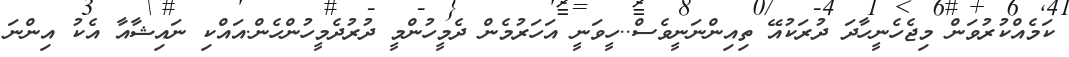
ކަމެއްކުރުވަން މިޖެހެނީހާދަ ދުރަކުއޭ ތިއިންނަނީވެސް..ހީވަނީ އަހަރުމެން ދެމީހުންމީ ދުރުދެމީހުންހެން.އައްކި ނައިޝާއާ އެކު އިންނަ